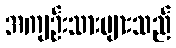
အကျဉ်းသားများသည်